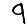
Digit: 9